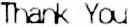
THANK YOU